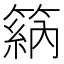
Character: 䈫